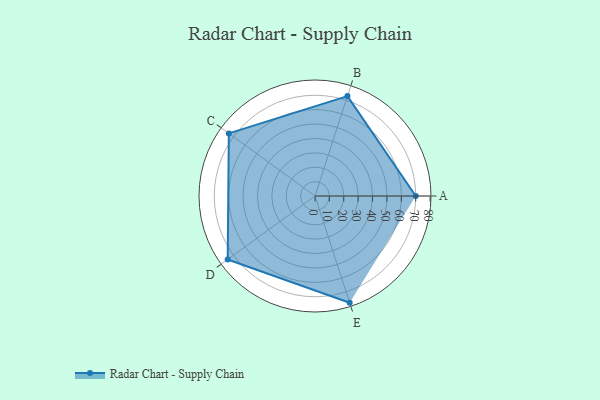
{"axis": {"x": "Skill", "y": "Score"}, "legend": ["Profile"], "data": [{"x": "A", "y": 70.0, "type": "Profile"}, {"x": "B", "y": 73.0, "type": "Profile"}, {"x": "C", "y": 74.0, "type": "Profile"}, {"x": "D", "y": 75.0, "type": "Profile"}, {"x": "E", "y": 78.0, "type": "Profile"}]}